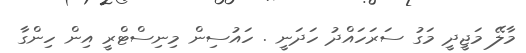
މާލޭ މަޖީދީ މަގު ސަރަހައްދު ހަދަނީ . ހައުސިން މިނިސްޓްރީ އިން ހިންގާ